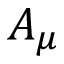
A _ { \mu }